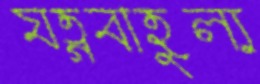
যত্নবাহুল্য